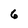
Character: 6